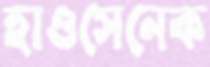
হাওসেনেক